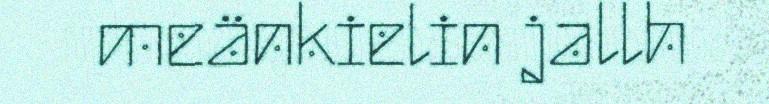
meänkielin jallh